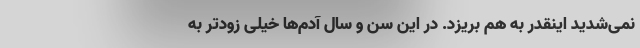
نمی‌شدید اینقدر به هم بریزد. در این سن و سال آدم‌ها خیلی زودتر به